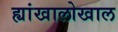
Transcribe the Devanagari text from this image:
ह्यांखालोखाल